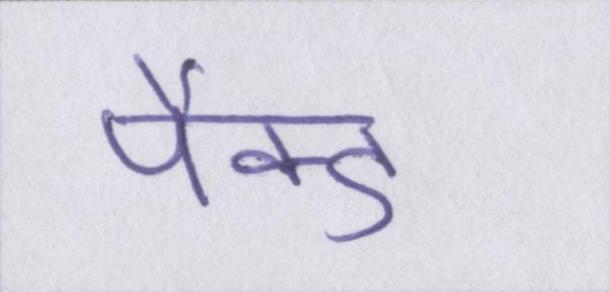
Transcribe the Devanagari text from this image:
पैक्ड